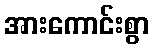
အားကောင်းစွာ